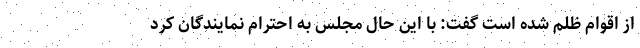
از اقوام ظلم شده است گفت: با این حال مجلس به احترام نمایندگان کرد